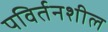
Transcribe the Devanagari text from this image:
पविर्तनशील